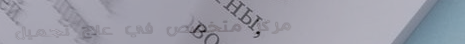
مركز متخصص في علاج تجميل